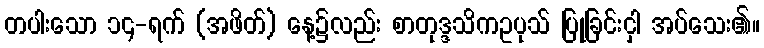
တပါးသော ၁၄-ရက် (အဖိတ်) နေ့၌လည်း စာတုဒ္ဒသိကဥပုသ် ပြုခြင်းငှါ အပ်သေး၏။